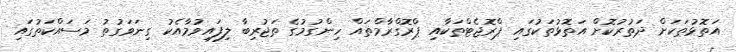
އަތޮޅުތަކަށް ދަތުރުކޮށް އަތޮޅުތަކުގައި ޕްރޮޖެޓްތަކާއި ޕްރޮގްރާމްތައް ހިންގުމުގެ ތަޖުރިބާ ލިފައިވުމާއެކު ގިނަވަގުތު މަސައްކަތުގައި